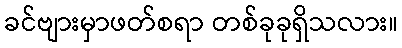
ခင်ဗျားမှာဖတ်စရာ တစ်ခုခုရှိသလား။